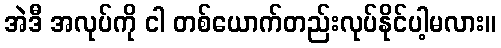
အဲဒီ အလုပ်ကို ငါ တစ်ယောက်တည်းလုပ်နိုင်ပါ့မလား။